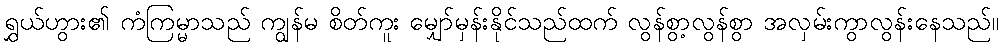
ရွှယ်ဟွား၏ ကံကြမ္မာသည် ကျွန်မ စိတ်ကူး မျှော်မှန်းနိုင်သည်ထက် လွန်စွာ့လွန်စွာ အလှမ်းကွာလွန်းနေသည်။